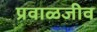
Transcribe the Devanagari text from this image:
प्रवाळजीव